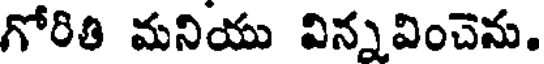
గోరితి మనియు విన్నవించెను.